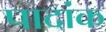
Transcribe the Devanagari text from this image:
पादांक